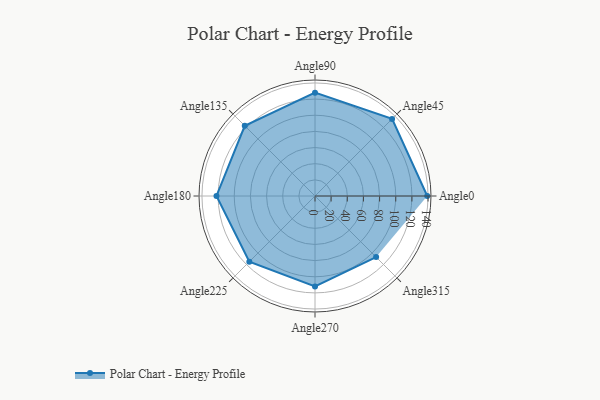
{"axis": {"x": "Angle", "y": "Radius"}, "legend": [""], "data": [{"x": "Angle0", "y": 139.0, "type": ""}, {"x": "Angle45", "y": 135.0, "type": ""}, {"x": "Angle90", "y": 128.0, "type": ""}, {"x": "Angle135", "y": 123.0, "type": ""}, {"x": "Angle180", "y": 122.0, "type": ""}, {"x": "Angle225", "y": 115.0, "type": ""}, {"x": "Angle270", "y": 112.0, "type": ""}, {"x": "Angle315", "y": 107.0, "type": ""}]}